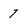
Character: 7